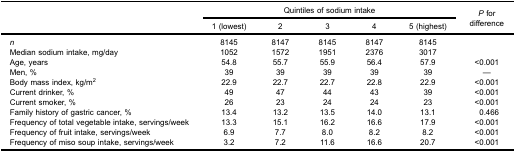
| <ROWSPAN=3>  | <COLSPAN=5> Quintiles of sodium intake | <ROWSPAN=3> P fordifference |
 | 1 (lowest) | 2 | 3 | 4 | 5 (highest) |
 | --- | --- | --- | --- | --- | --- | --- |
 | n | 8145 | 8147 | 8145 | 8147 | 8145 |  |
 | Median sodium intake, mg/day | 1052 | 1572 | 1951 | 2376 | 3017 |  |
 | Age, years | 54.8 | 55.7 | 55.9 | 56.4 | 57.9 | <0.001 |
 | Men, % | 39 | 39 | 39 | 39 | 39 | — |
 | Body mass index, kg/m2 | 22.9 | 22.7 | 22.7 | 22.8 | 22.9 | <0.001 |
 | Current drinker, % | 49 | 47 | 44 | 43 | 39 | <0.001 |
 | Current smoker, % | 26 | 23 | 24 | 24 | 23 | <0.001 |
 | Family history of gastric cancer, % | 13.4 | 13.2 | 13.5 | 14.0 | 13.1 | 0.466 |
 | Frequency of total vegetable intake, servings/week | 13.3 | 15.1 | 16.2 | 16.6 | 17.9 | <0.001 |
 | Frequency of fruit intake, servings/week | 6.9 | 7.7 | 8.0 | 8.2 | 8.2 | <0.001 |
 | Frequency of miso soup intake, servings/week | 3.2 | 7.2 | 11.6 | 16.6 | 20.7 | <0.001 |